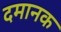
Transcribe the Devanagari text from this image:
दमानक